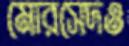
মোরসেদও